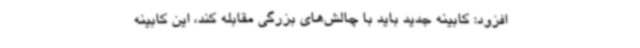
افزود: کابینه جدید باید با چالش‌های بزرگی مقابله کند، این کابینه